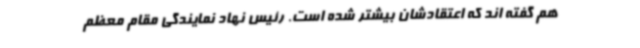
هم گفته اند که اعتقادشان بیشتر شده است. رئیس نهاد نمایندگی مقام معظم